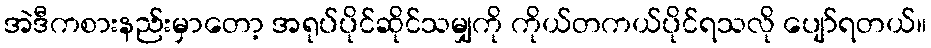
အဲဒီကစားနည်းမှာတော့ အရုပ်ပိုင်ဆိုင်သမျှကို ကိုယ်တကယ်ပိုင်ရသလို ပျော်ရတယ်။